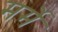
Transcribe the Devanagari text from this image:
मर्मे